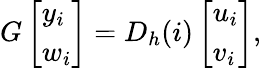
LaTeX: G\left[\begin{array}{l}{y_{i}}\\ {w_{i}}\end{array}\right]=D_{h}(i)\left[\begin{array}{l}{u_{i}}\\ {v_{i}}\end{array}\right],